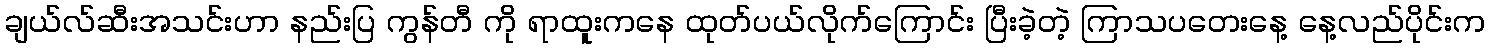
ချယ်လ်ဆီးအသင်းဟာ နည်းပြ ကွန်တီ ကို ရာထူးကနေ ထုတ်ပယ်လိုက်ကြောင်း ပြီးခဲ့တဲ့ ကြာသပတေးနေ့ နေ့လည်ပိုင်းက